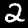
Label: 2